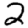
Digit: 2